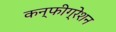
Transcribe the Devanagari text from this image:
कन्फीग्रेशन